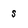
Character: s